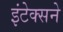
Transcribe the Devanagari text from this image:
इंटेक्सने